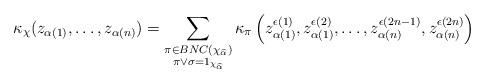
LaTeX: \begin{align*}\kappa_\chi(z_{\alpha(1)}, \ldots, z_{\alpha(n)}) = \sum_{\substack{\pi \in BNC(\chi_{\widehat{\alpha}}) \\ \pi \vee \sigma = 1_{\chi_{\widehat{\alpha}}}}} \kappa_\pi\left(z^{\epsilon(1)}_{\alpha(1)}, z^{\epsilon(2)}_{\alpha(1)}, \ldots, z^{\epsilon(2n-1)}_{\alpha(n)}, z^{\epsilon(2n)}_{\alpha(n)}\right)\end{align*}